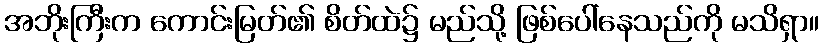
အဘိုးကြီးက ကောင်းမြတ်၏ စိတ်ထဲ၌ မည်သို့ ဖြစ်ပေါ်နေသည်ကို မသိရှာ။